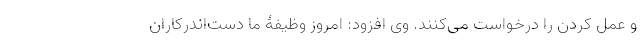
و عمل کردن را درخواست می‌کنند. وی افزود: امروز وظیفۀ ما دست‌اندرکاران